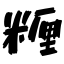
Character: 糎